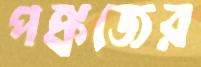
পঙ্কজের